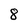
Character: 8